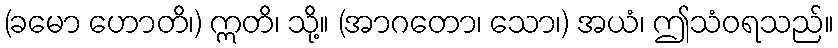
(ခမော ဟောတိ၊) ဣတိ၊ သို့။ (အာဂတော၊ သော၊) အယံ၊ ဤသံဝရသည်။